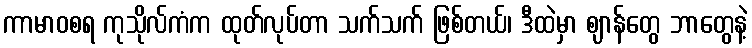
ကာမာဝစရ ကုသိုလ်ကံက ထုတ်လုပ်တာ သက်သက် ဖြစ်တယ်၊ ဒီထဲမှာ ဈာန်တွေ ဘာတွေနဲ့